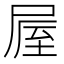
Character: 𡲃